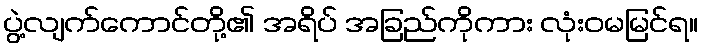
ပွဲ့လျက်ကောင်တို့၏ အရိပ် အခြည်ကိုကား လုံးဝမမြင်ရ။